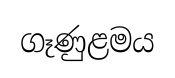
ගෑණුළමය